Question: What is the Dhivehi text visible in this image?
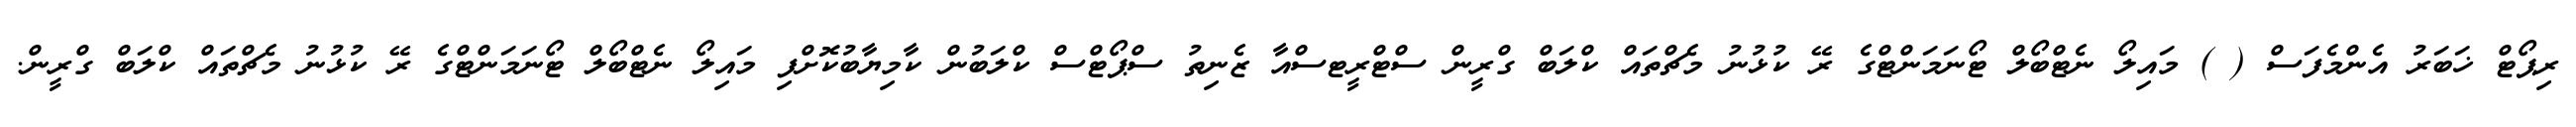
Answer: ރިޕޯޓް ޚަބަރު އެންމެފަސް ( ) މައިލޯ ނެޓްބޯލް ޓޯނަމަންޓްގެ ރޭ ކުޅުނު މެޗްތައް ކްލަބް ގްރީން ސްޓްރީޓސްއާ ޒެނިތު ސްޕޯޓްސް ކްލަބުން ކާމިޔާބުކޮށްފި މައިލޯ ނެޓްބޯލް ޓޯނަމަންޓްގެ ރޭ ކުޅުނު މެޗްތައް ކްލަބް ގްރީން.